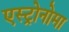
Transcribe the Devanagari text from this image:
एस्ट्रोनोमा